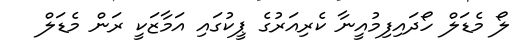
ލޯ މެޑަލް ހޯދައިފިމުއީނާ ކެރިއަރުގެ ޕީކުގައި އަމާޒަކީ ރަން މެޑަލް